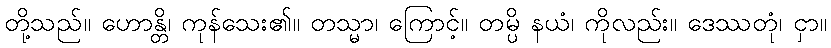
တို့သည်။ ဟောန္တိ၊ ကုန်သေး၏။ တသ္မာ၊ ကြောင့်။ တမ္ပိ နယံ၊ ကိုလည်း။ ဒေဿတုံ၊ ငှာ။